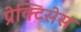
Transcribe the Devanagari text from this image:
प्रेक्टिसेस